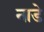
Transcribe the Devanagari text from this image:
नाडे